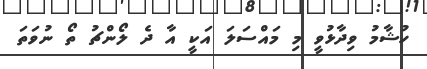
ހުޝާމު ވިދާޅުވީ މި މައްސަލަ އަކީ އާ ދެ ލޯންޗު ތޯ ނުވަތަ